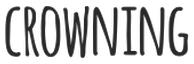
CROWNING